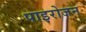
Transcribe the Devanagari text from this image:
पाइरोजन